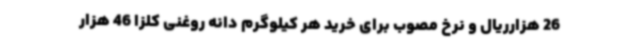
26 هزارریال و نرخ مصوب برای خرید هر کیلوگرم دانه روغنی کلزا 46 هزار